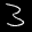
Label: 3